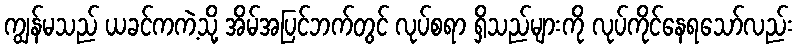
ကျွန်မသည် ယခင်ကကဲ့သို့ အိမ်အပြင်ဘက်တွင် လုပ်စရာ ရှိသည်များကို လုပ်ကိုင်နေရသော်လည်း